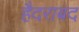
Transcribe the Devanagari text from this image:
हैदराबद